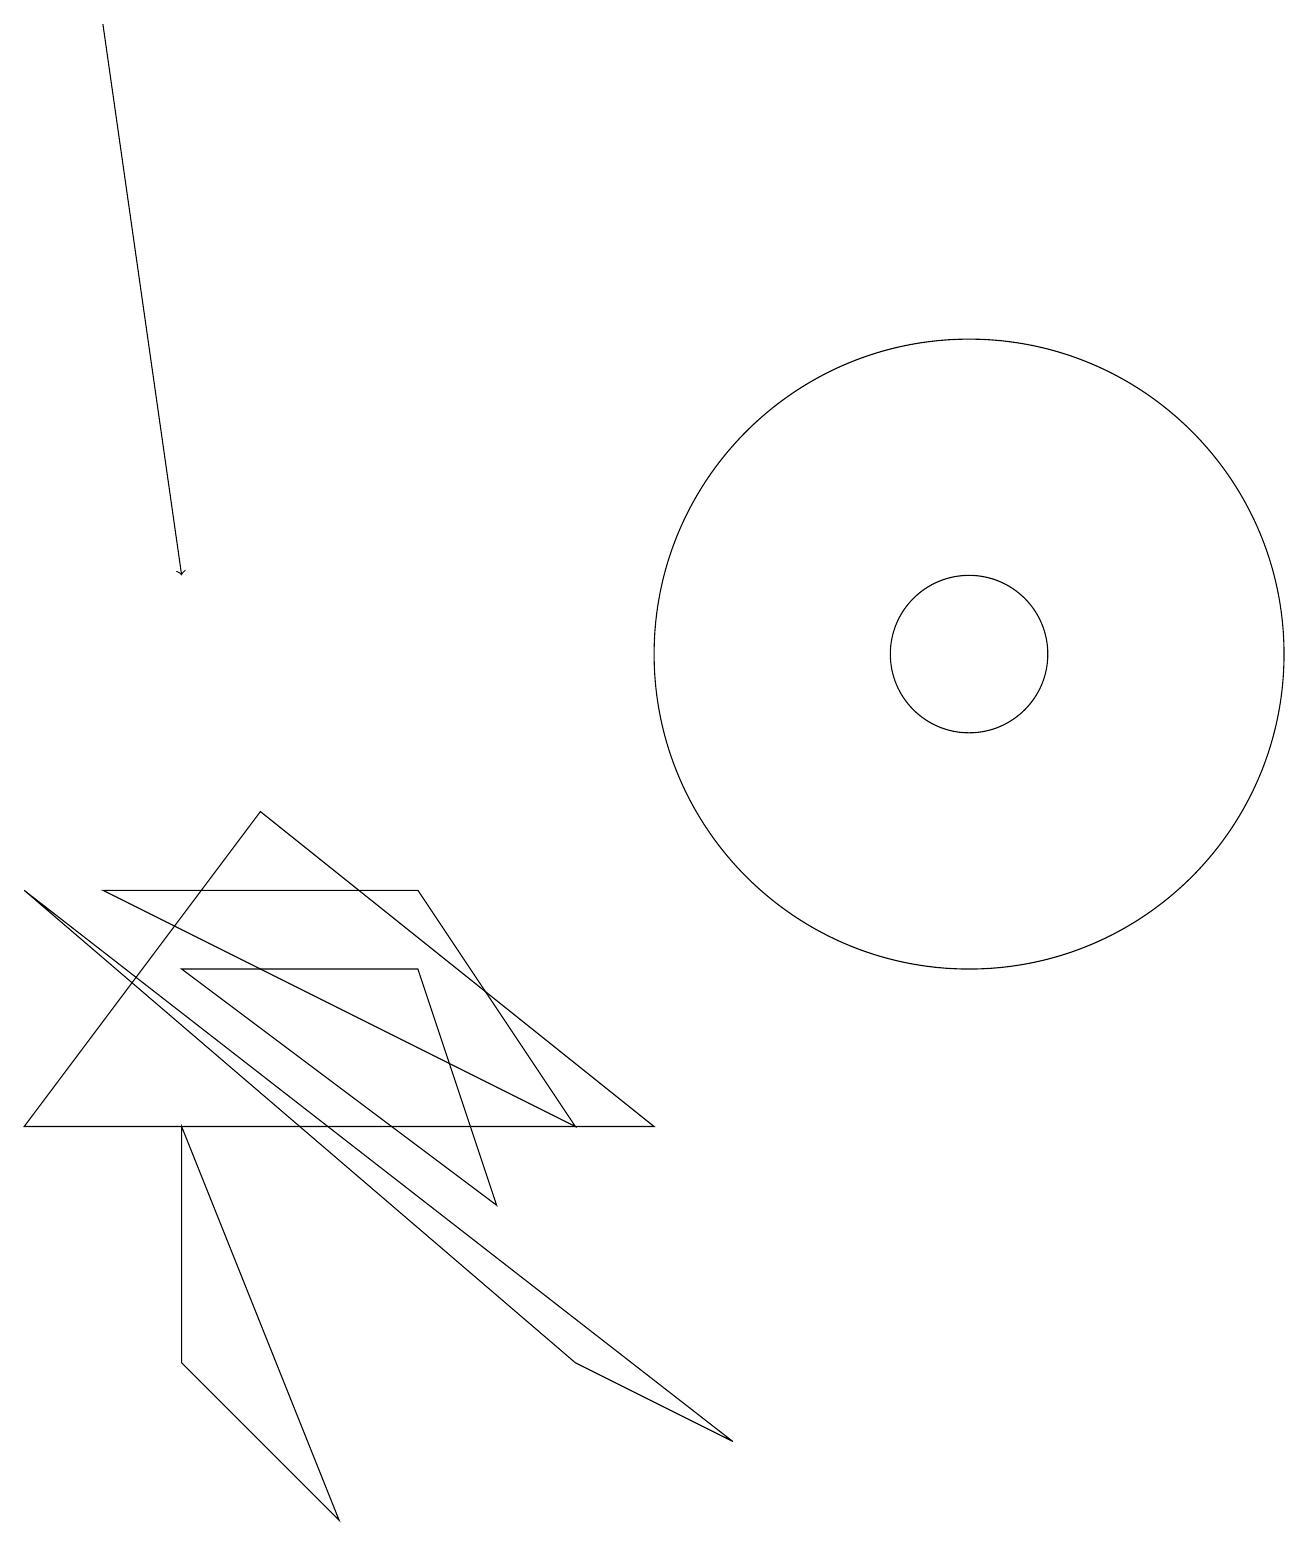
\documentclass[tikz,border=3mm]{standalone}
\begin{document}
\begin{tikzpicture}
\draw[->] (1,19) -- (2,12);
\draw (2,5) -- (4,0) -- (2,2) -- cycle;
\draw (12,11) circle (4);
\draw (9,1) -- (0,8) -- (7,2) -- cycle;
\draw (3,9) -- (8,5) -- (0,5) -- cycle;
\draw (12,11) circle (1);
\draw (5,7) -- (2,7) -- (6,4) -- cycle;
\draw (1,8) -- (5,8) -- (7,5) -- cycle;
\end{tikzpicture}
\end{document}